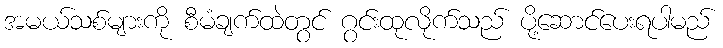
အမယ်သစ်များကို စီမံချက်ထဲတွင် ဂွင်းထုလိုက်သည် ပို့ဆောင်ပေးရပါမည်